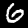
Digit: 6